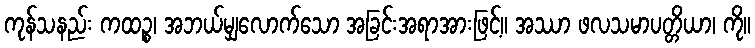
ကုန်သနည်း ကထဉ္စ၊ အဘယ်မျှလောက်သော အခြင်းအရာအားဖြင့်။ အဿာ ဖလသမာပတ္တိယာ၊ ကို။